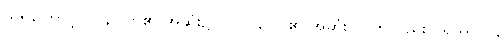
သရကြောင့် ပါ နိပါတ်၏ အဆုံး၌ ဂ် လာ, ပါ ၏ အဆုံး -ါ ကိုလည်း ၊ ရဿ ပြု,